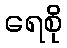
ရေစို